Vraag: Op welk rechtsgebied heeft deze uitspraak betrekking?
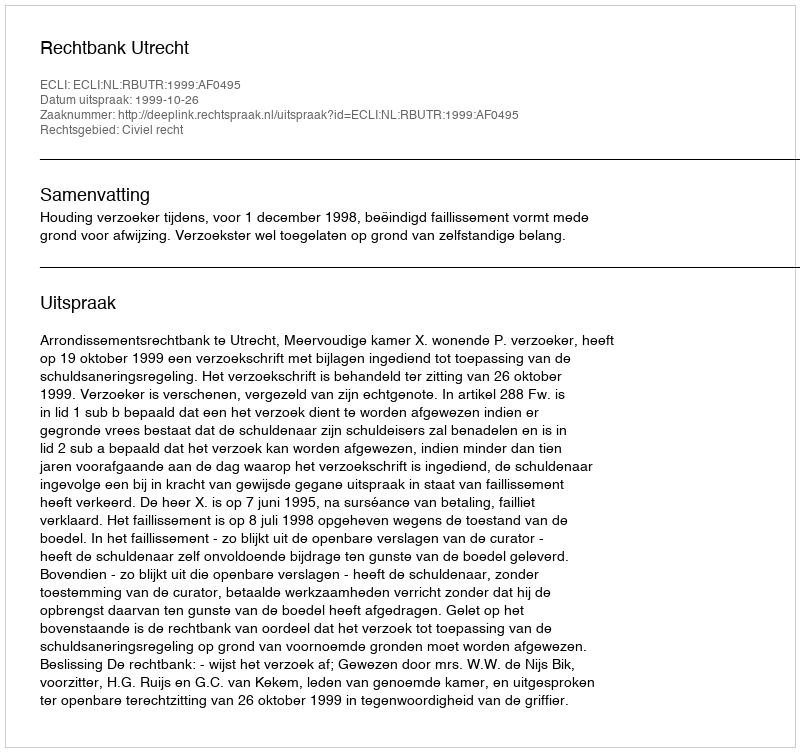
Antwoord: Civiel recht